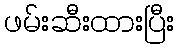
ဖမ်းဆီးထားပြီး